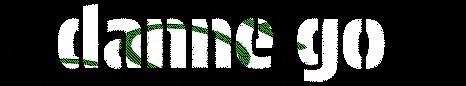
danne go